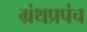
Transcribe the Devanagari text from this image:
ग्रंथप्रपंच